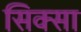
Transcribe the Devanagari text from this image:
सिक्सा